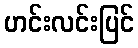
ဟင်းလင်းပြင်